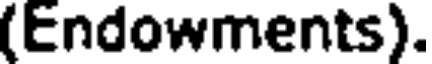
(Endowments).